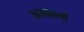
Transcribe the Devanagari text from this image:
अव्यवयों